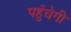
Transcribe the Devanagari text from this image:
पहुँचेगी